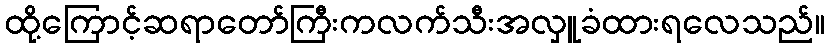
ထို့ကြောင့်ဆရာတော်ကြီးကလက်သီးအလှူခံထားရလေသည်။